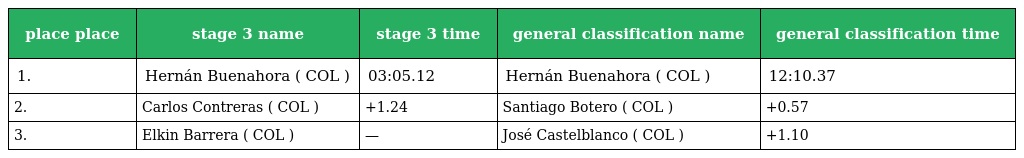
| place place | stage 3 name | stage 3 time | general classification name | general classification time |
 | --- | --- | --- | --- | --- |
 | 1. | Hernán Buenahora ( COL ) | 03:05.12 | Hernán Buenahora ( COL ) | 12:10.37 |
 | 2. | Carlos Contreras ( COL ) | +1.24 | Santiago Botero ( COL ) | +0.57 |
 | 3. | Elkin Barrera ( COL ) | — | José Castelblanco ( COL ) | +1.10 |